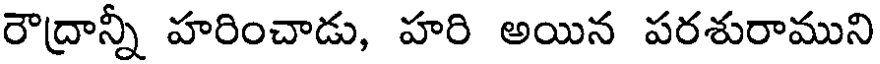
రౌద్రాన్నీ హరించాడు, హరి అయిన పరశురాముని